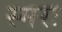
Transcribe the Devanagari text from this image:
स्मरः